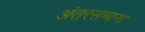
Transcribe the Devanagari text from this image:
अंतरसम्बन्ध